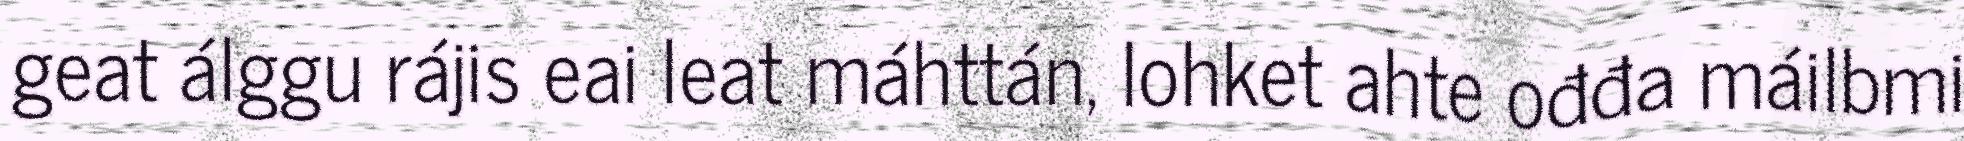
geat álggu rájis eai leat máhttán, lohket ahte ođđa máilbmi